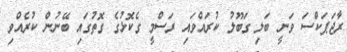
ރާޖަޕަކްސަ ވަނީ ބަލި ގަބޫލު ކުރައްވައި ރަސްމީ ގެކޮޅުގެ ގޮތުގައި ބޭނުން ކުރެއްވި